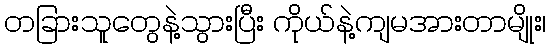
တခြားသူတွေနဲ့သွားပြီး ကိုယ်နဲ့ကျမအားတာမျိုး၊